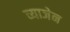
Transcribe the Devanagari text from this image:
व्याजेन